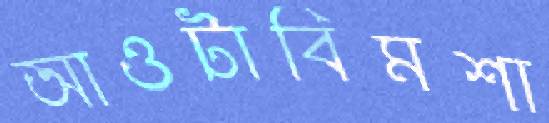
আওটাবিমশা